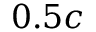
0 . 5 c